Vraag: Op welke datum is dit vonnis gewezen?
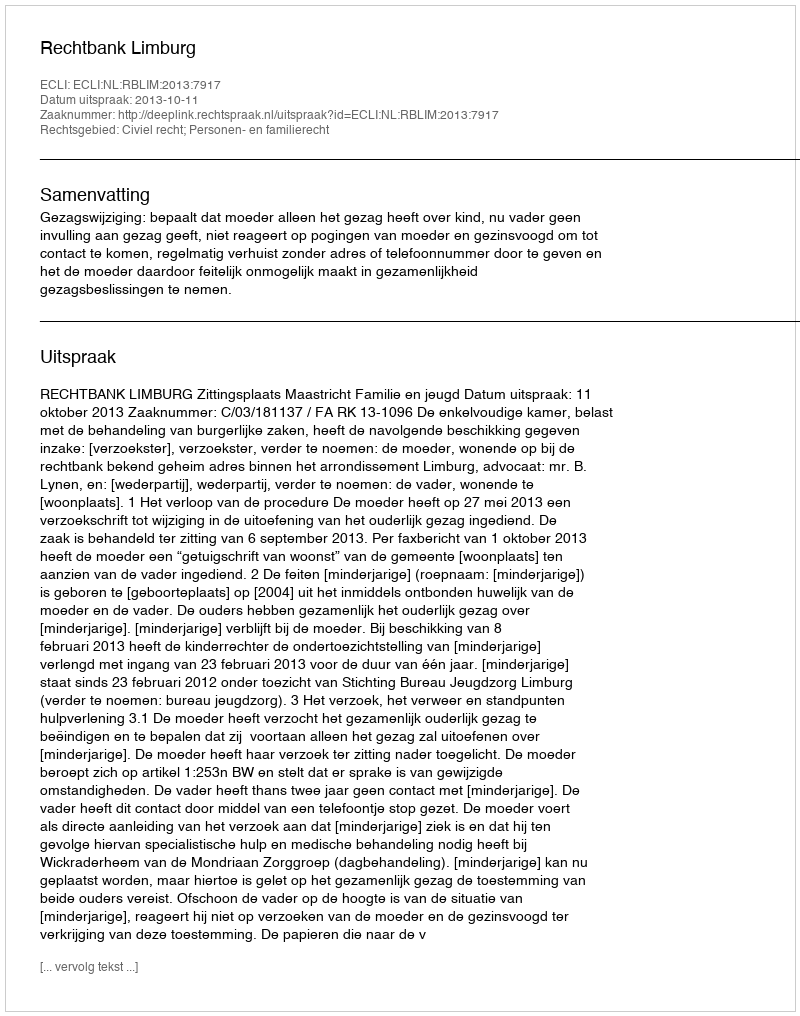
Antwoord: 2013-10-11